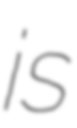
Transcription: is